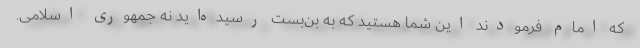
که امام فرمودند این شما هستید که به بن‌بست رسیده‌اید نه جمهوری اسلامی.